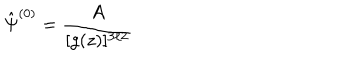
\hat { \Psi } ^ { ( 0 ) } = \frac { A } { [ g ( z ) ] ^ { 3 / 2 } }